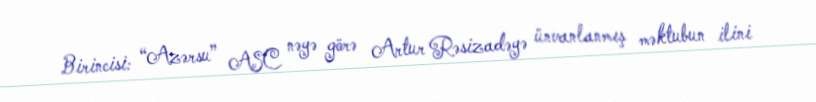
Birincisi: “Azərsu” ASC nəyə görə Artur Rəsizadəyə ünvanlanmış məktubun ilini